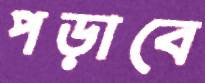
পড়াবে